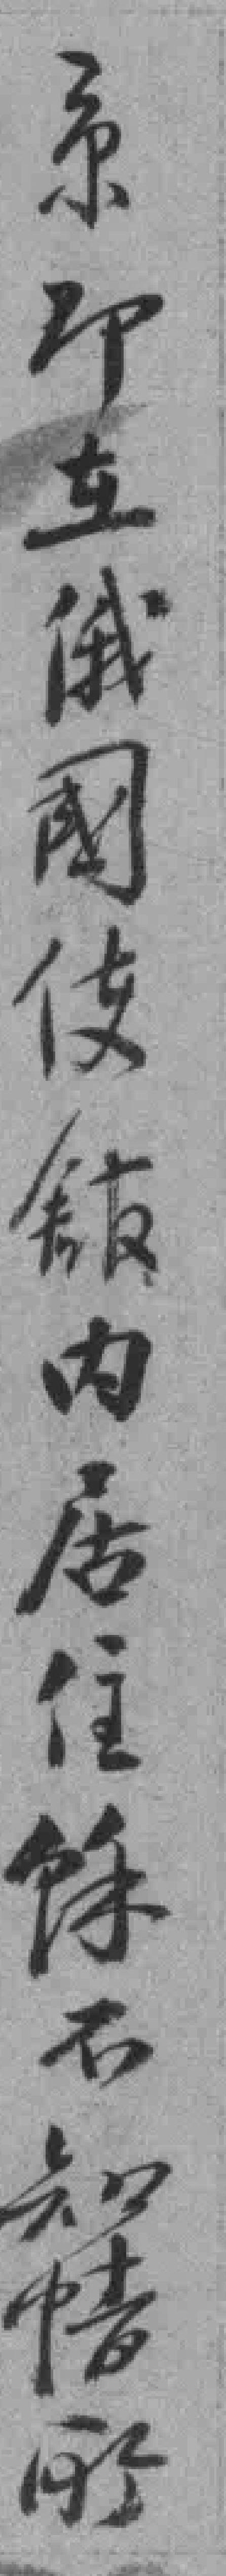
京即在俄國使舘内居住馀不知情所